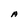
Character: A